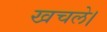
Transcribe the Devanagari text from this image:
खचले।